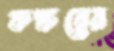
কঙ্করের